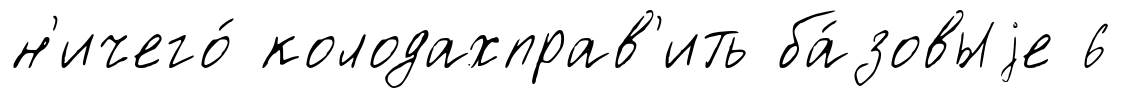
н'ичего́ колодахправ'ить ба́зовыjе 6